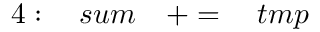
4 : \quad s u m \quad + = \quad t m p